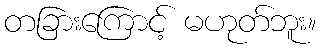
တခြားကြောင့် မဟုတ်ဘူး။